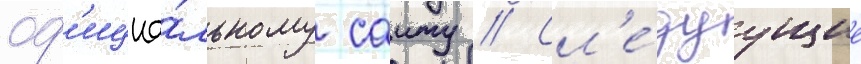
оф'ициа́льному саиту // Сл'е́дуущие